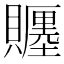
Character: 𧸪